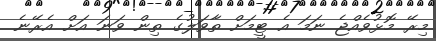
މިރޭ މޮޅުވެއްޖެ ނަމަ އެ ޓީމަށް ތާވަލުގެ ތިން ވަނަ އަށް އެރޭނެ